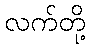
လက်တို့